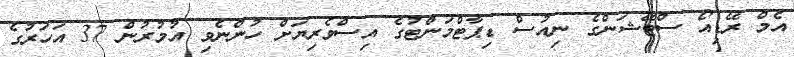
އެމް ރޭޑިއޯ ސްޓޭޝަންގެ ނިއުސް ޑިޕާޓްމަންޓުގެ އިސްވެރިޔަށް ހުންނެވި އުމުރުން 37 އަހަރުގެ